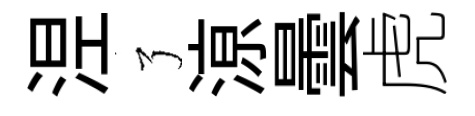
𣵀了鿌曇虎